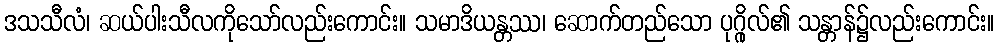
ဒသသီလံ၊ ဆယ်ပါးသီလကိုသော်လည်းကောင်း။ သမာဒိယန္တဿ၊ ဆောက်တည်သော ပုဂ္ဂိုလ်၏ သန္တာန်၌လည်းကောင်း။